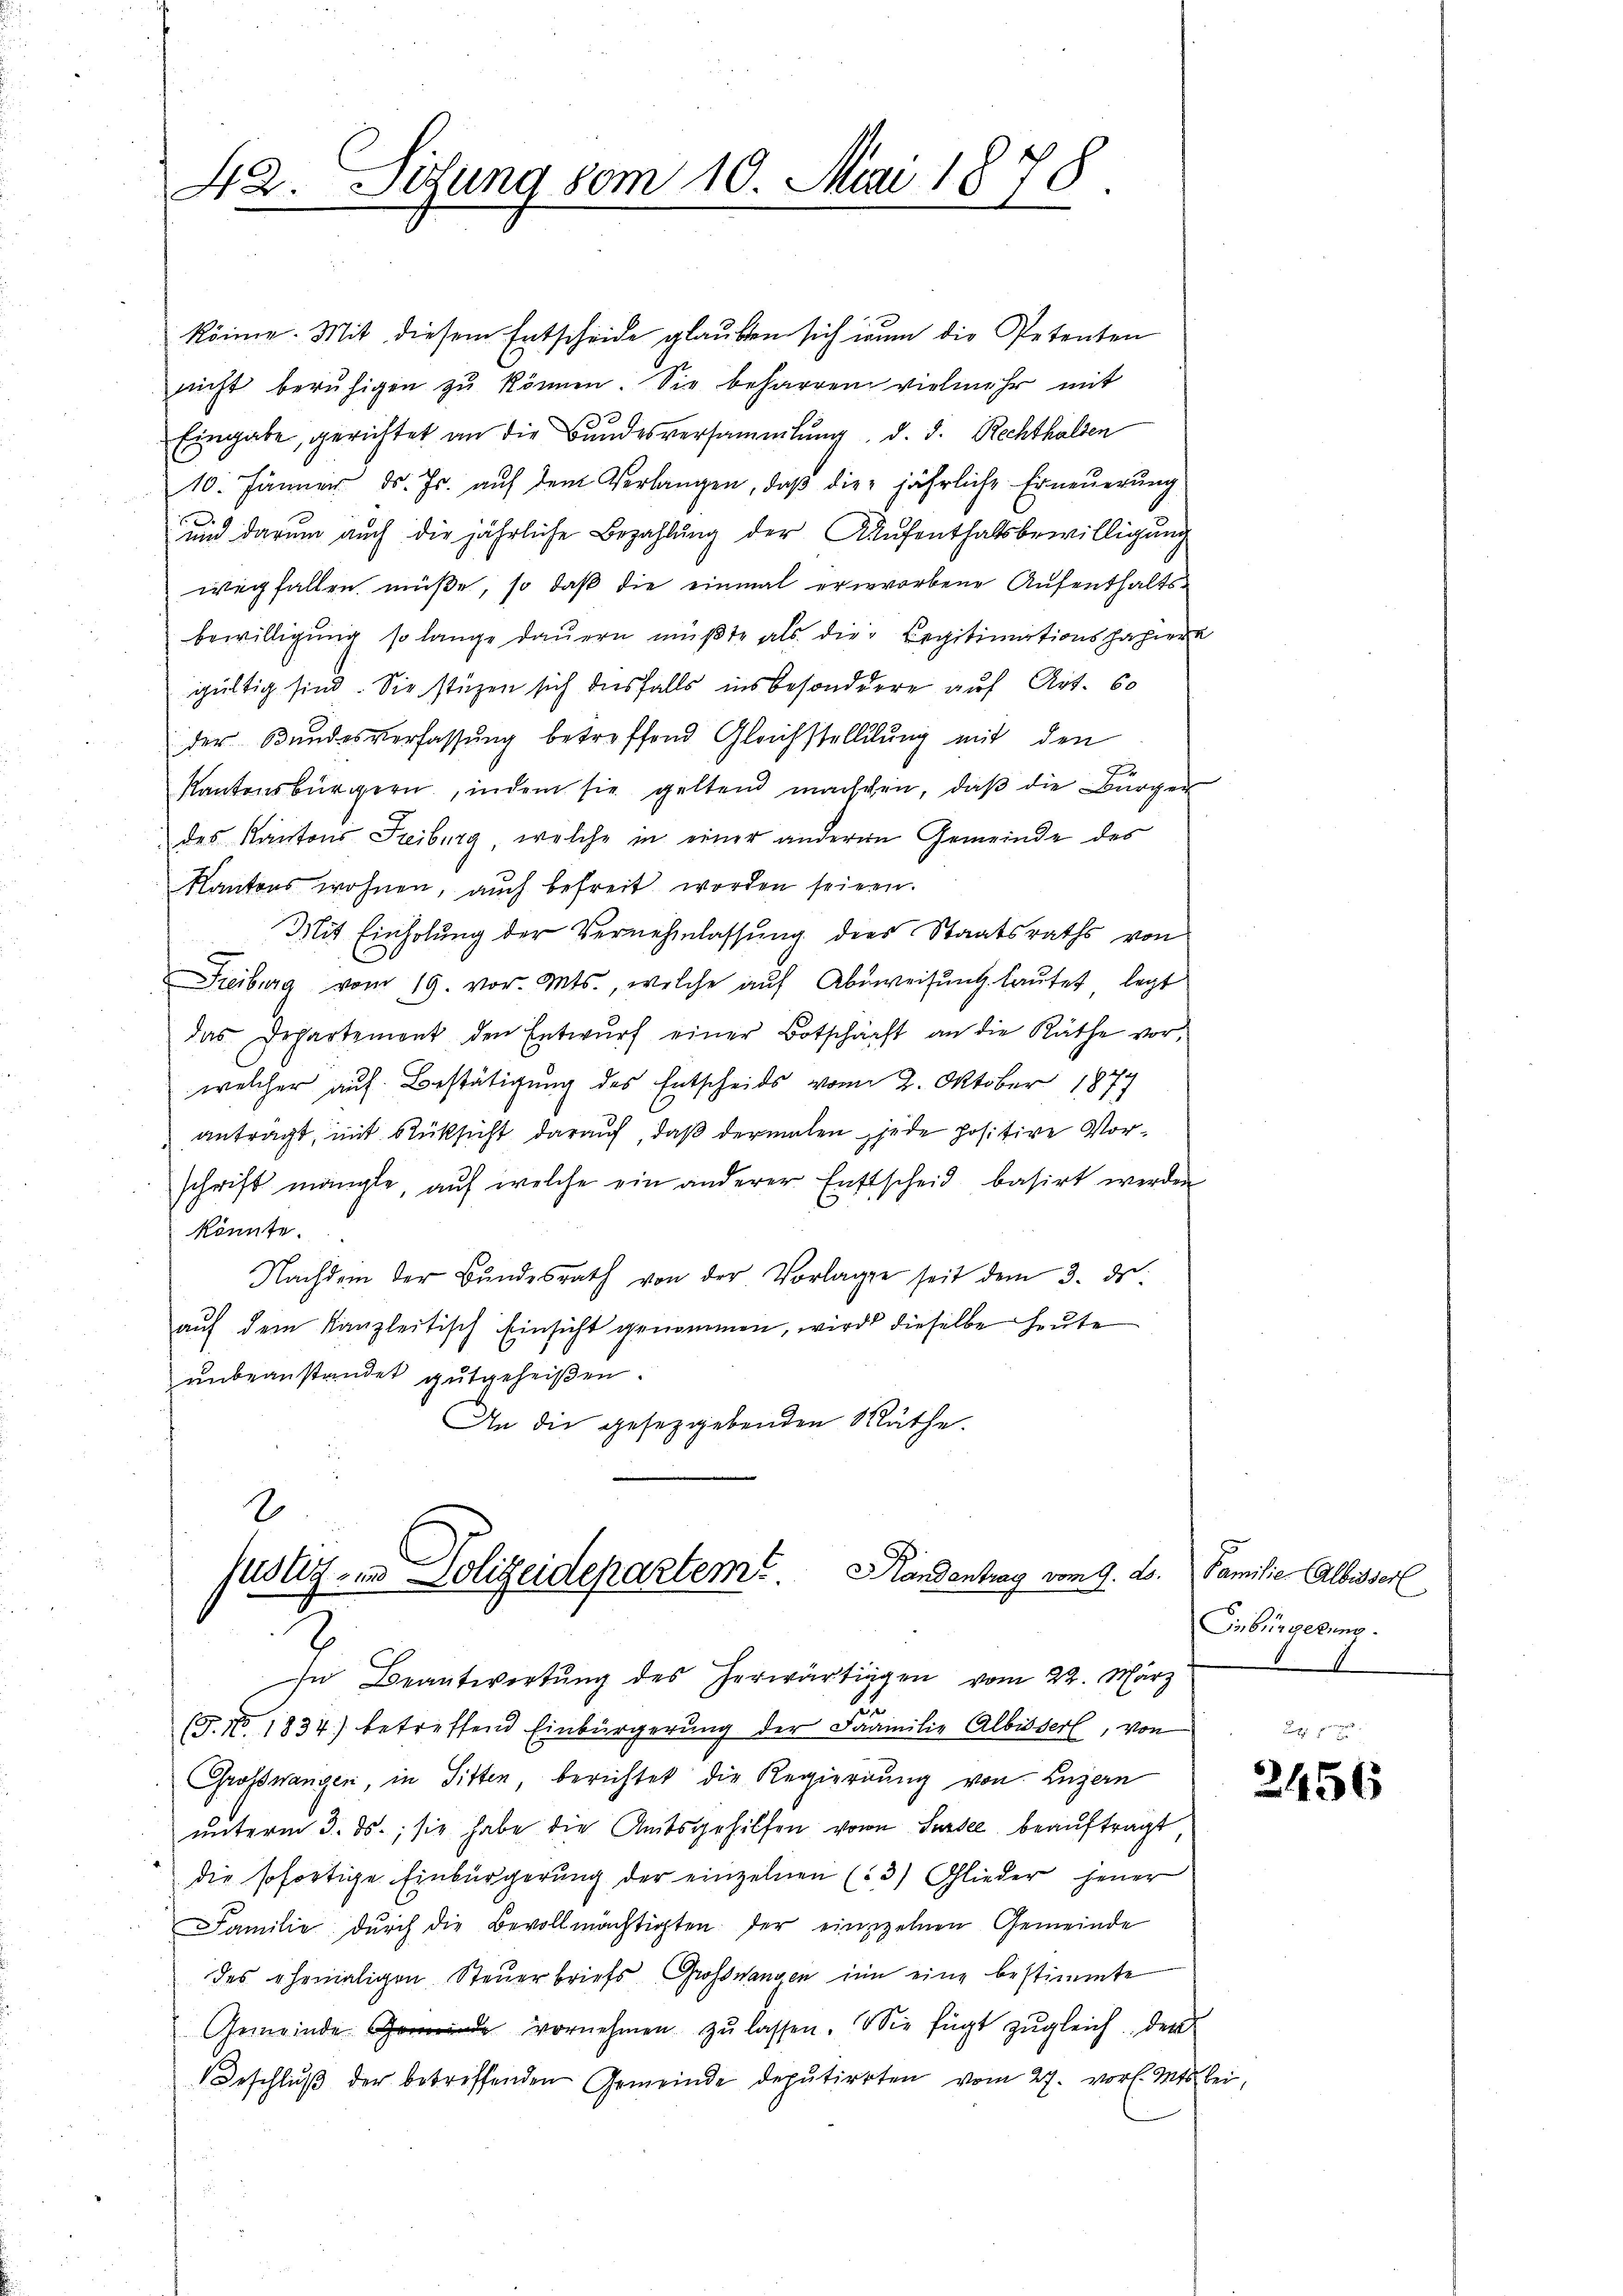
42. Sitzung vom 10. Mai 1878

könne. Mit diesem Entscheide glauben sich inum die Petenten
nicht berŭhigen zŭ können. Sie beharren vielmehr mit
Eingabe, gerichtet an die Bundesversammlung, d. d. Rechthalten
10. Jänner ds. Js. aŭf dem Verlangen, daβ die jährliche Erneuerung
und darum auch die jährliche Bezahlung der Aufenthaltsbewilligung
wegfallen müße, so daß die einmal erworbene Aufenthaltsbewilligung so lange dauern müßte als die Legitimationsfahiere
gültig sind. Sie stüzen sich diesfalls insbesonddere auf Art. 60
der Bundesverfassung betreffend Gleichstellung mit den
Kantonsbürgern, indem sie geltend manschen, daβ die Bürger
des Kantons Freiburg, welche in einer anderen Gemeinde des
Kantons wohnen, aŭch befreit worden seinen.
Mit Einholung der Vernehmlassung des Staatsraths von
Freiburg vom 19. vor. Mts., welche auf Abweisung lautet, legt
das Departement den Entwŭrf einer Botschärft an die Räthe vor-
welcher auf Bestätigung des Entscheids vom 2. Oktober 1874
antragt, mit Rüksicht darauf, daß dermalen jede positive Vorschrift mangle, aŭf welche ein anderer Entscheid basirt werden
könnte.
Nachdem der Bundesrath von der Vorlagen seit dem 3. ds.
aŭf dem Kanzleitisch Einsicht genommen, wird dieselbe heute
unbeanstandet gutgeheißen.
An die gesetzgebenden Räthe.

2
folg, und Polizeideparteme. Handentrag vom 9. ds. Familie Albisserl
In Beantwortŭng des herwärtigen vom 22. März

Einbürgerung.

(J.No. 1834) betreffend Einbürgerŭng der Familie Albisserl, von
Großwangen, in Sitten, berichtet die Regierung von Luzern
unterm 3. ds., sie habe die Amtsgehilfen von Sursee beauftragt
die sofortige Einbürgerung der einzelnen (3) Glieder jener
Familie dŭrch die Bevollmächtigten der einzelnen Gemeinde
des ehemaligen Steuerbriefs, Grosswangen in eine bestimmte
Gemeinde vornehmen zŭ lassen. Wie fügt zŭgleich der
Geschlŭβ der betreffenden Gemeinde deputierten vom 27. vor. Mts. bei,

2456